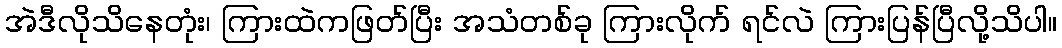
အဲဒီလိုသိနေတုံး၊ ကြားထဲကဖြတ်ပြီး အသံတစ်ခု ကြားလိုက် ရင်လဲ ကြားပြန်ပြီလို့သိပါ။